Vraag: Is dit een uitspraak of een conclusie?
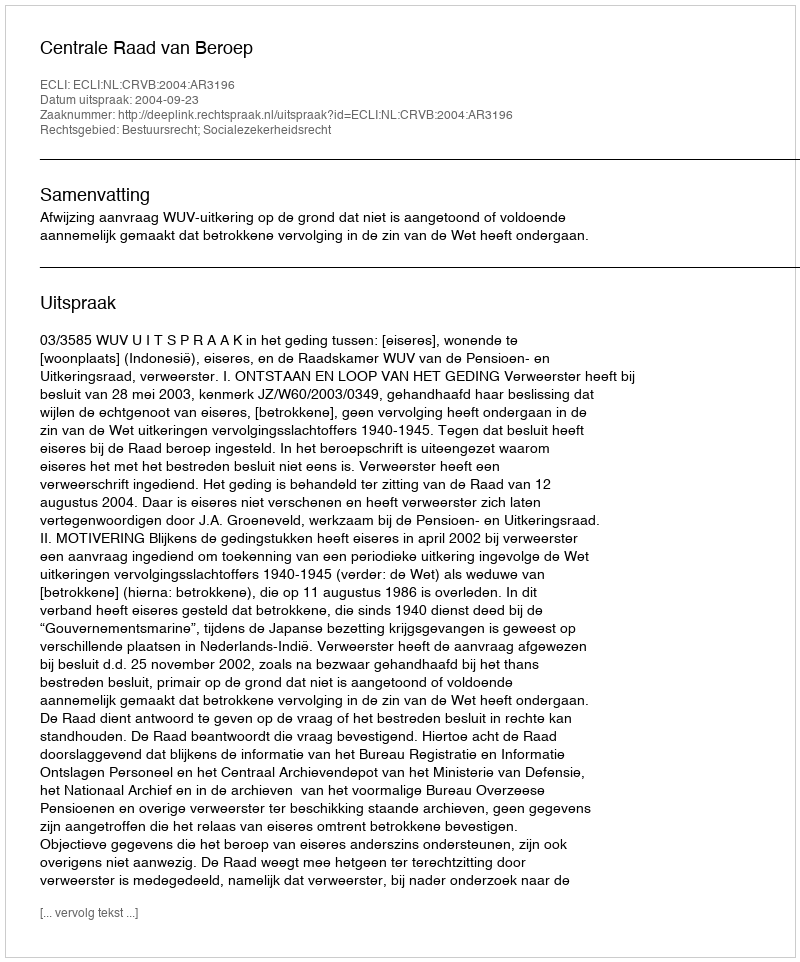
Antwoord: Uitspraak